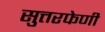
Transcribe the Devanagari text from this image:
सुत्तरफेणी